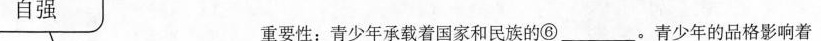
自强重要性：青少年承载着国家和民族的⑥___。青少年的品格影响着